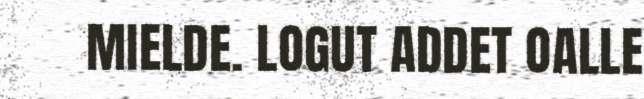
MIELDE. LOGUT ADDET OALLE